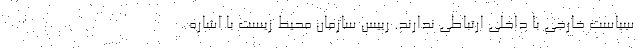
سیاست خارجی با داخلی ارتباطی ندارند. رییس سازمان محیط زیست با اشاره